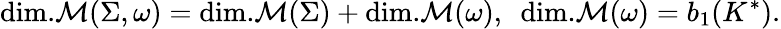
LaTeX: \mathrm{dim.}{\cal M}(\Sigma,\omega)=\mathrm{dim.}{\cal M}(\Sigma)+\mathrm{dim.}{\cal M}(\omega),{}~~\mathrm{dim.}{\cal M}(\omega)=b_{1}(K^{\ast}).